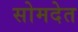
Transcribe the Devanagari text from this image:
सोमदेत